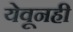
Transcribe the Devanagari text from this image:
येवूनही